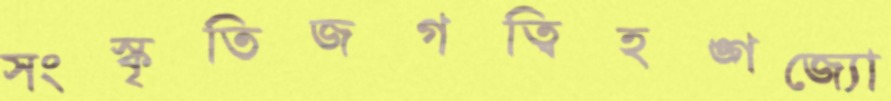
সংস্কৃতিজগত্বিহঙ্গজ্যো